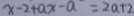
x - 2 + a x - a = 2 a 1 ^ { \prime } 2